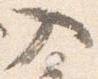
入